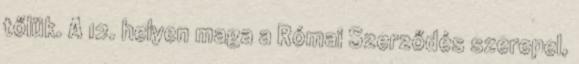
tőlük. A 12. helyen maga a Római Szerződés szerepel,